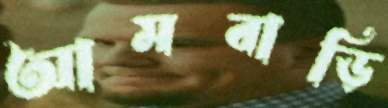
আমবাড়ি